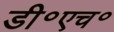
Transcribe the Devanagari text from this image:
डी॰एच॰